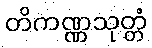
တိကဏ္ဏသုတ္တံ